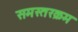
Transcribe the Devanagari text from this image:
समस्तरक्रम